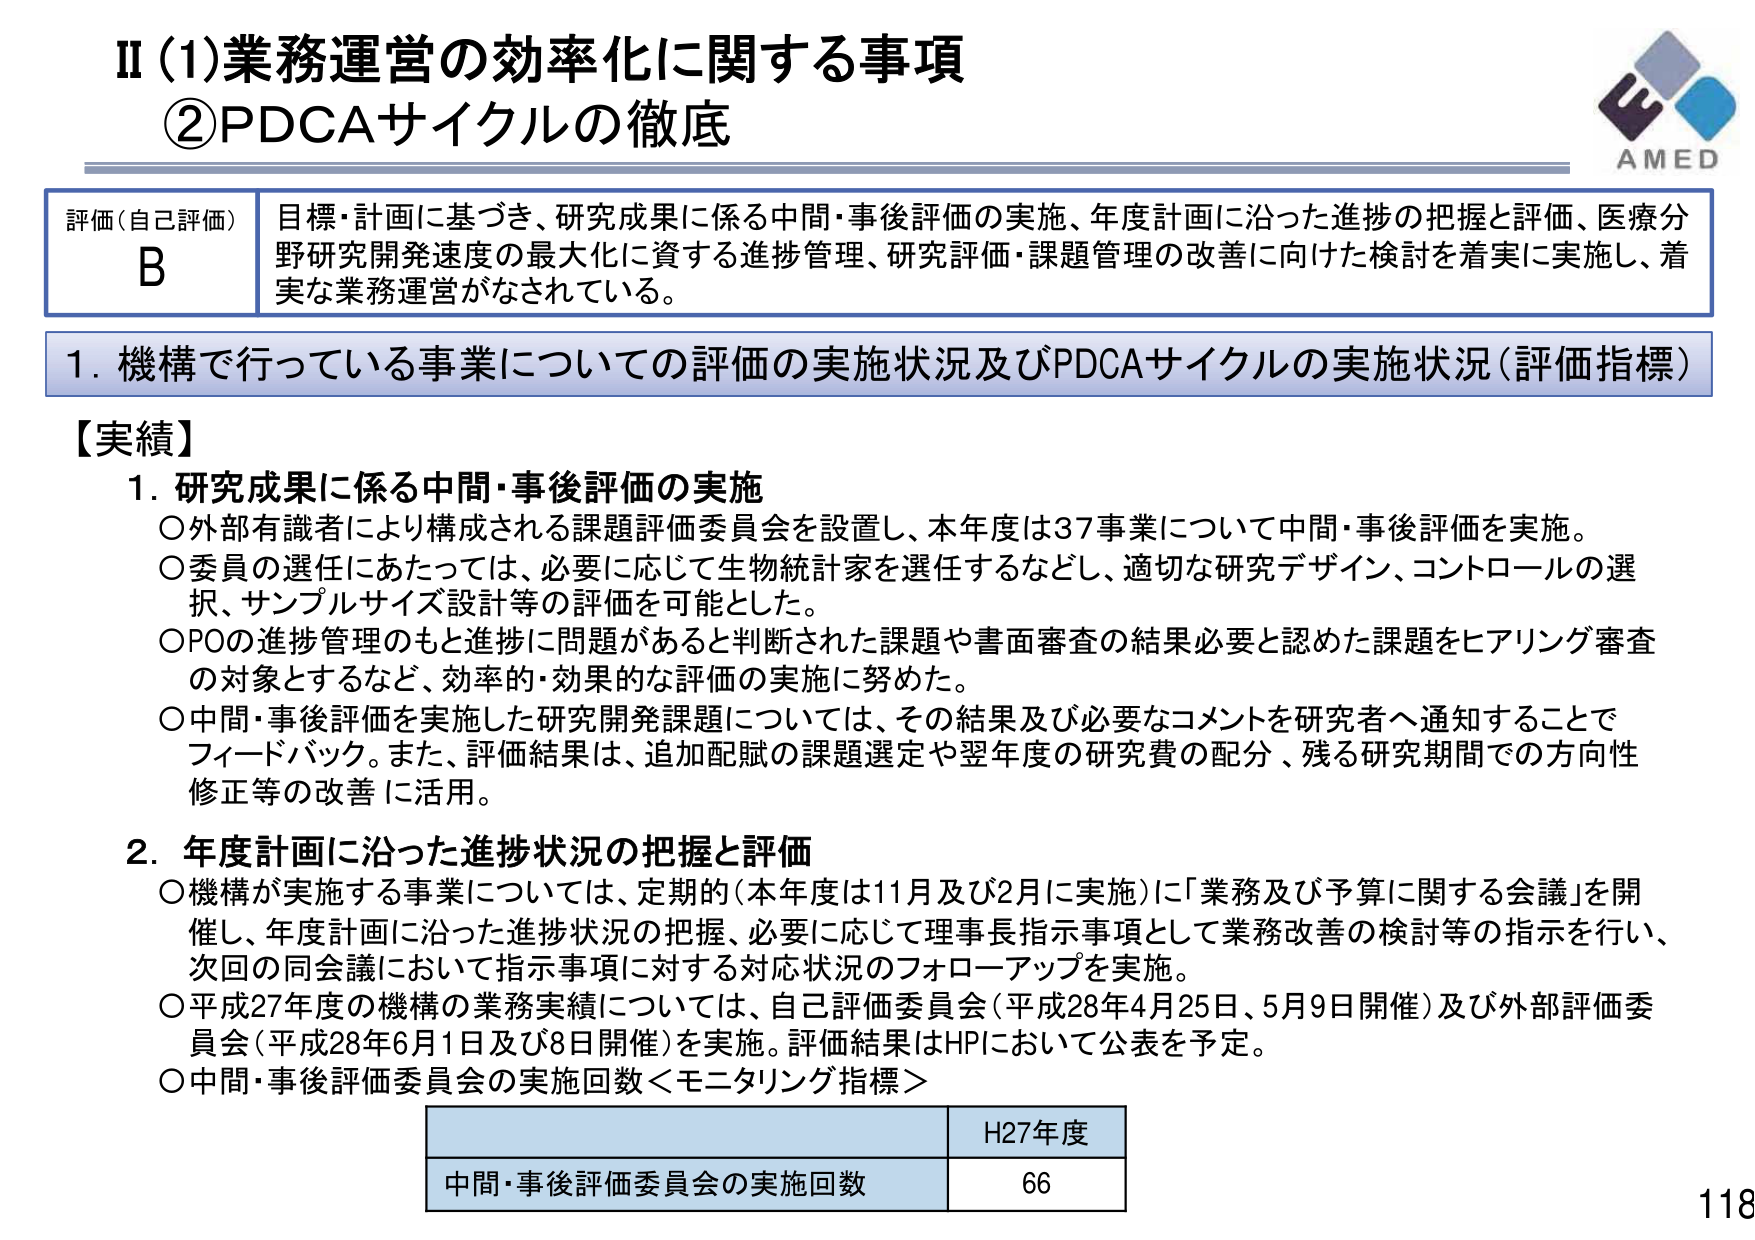
Ⅱ(1)業務運営の効率化に関する事項
②PDCAサイクルの徹底

評価（自己評価）
B
目標・計画に基づき、研究成果に係る中間・事後評価の実施、年度計画に沿った進捗の把握と評価、医療分野研究開発速度の最大化に資する進捗管理、研究評価・課題管理の改善に向けた検討を着実に実施し、着実な業務運営がなされている。

1. 機構で行っている事業についての評価の実施状況及びPDCAサイクルの実施状況（評価指標）

【実績】
1. 研究成果に係る中間・事後評価の実施
○外部有識者により構成される課題評価委員会を設置し、本年度は37事業について中間・事後評価を実施。
○委員の選任にあたっては、必要に応じて生物統計家を選任するなどし、適切な研究デザイン、コントロールの選択、サンプルサイズ設計等の評価を可能とした。
○POの進捗管理のもと進捗に問題があると判断された課題や書面審査の結果必要と認めた課題をヒアリング審査の対象とするなど、効率的・効果的な評価の実施に努めた。
○中間・事後評価を実施した研究開発課題については、その結果及び必要なコメントを研究者へ通知することでフィードバック。また、評価結果は、追加配賦の課題選定や翌年度の研究費の配分、残る研究期間での方向性修正等の改善に活用。

2. 年度計画に沿った進捗状況の把握と評価
○機構が実施する事業については、定期的（本年度は11月及び2月に実施）に「業務及び予算に関する会議」を開催し、年度計画に沿った進捗状況の把握、必要に応じて理事長指示事項として業務改善の検討等の指示を行い、次回の同会議において指示事項に対する対応状況のフォローアップを実施。
○平成27年度の機構の業務実績については、自己評価委員会（平成28年4月25日、5月9日開催）及び外部評価委員会（平成28年6月1日及び8日開催）を実施。評価結果はHPにおいて公表を予定。
○中間・事後評価委員会の実施回数＜モニタリング指標＞

H27年度
中間・事後評価委員会の実施回数　66

AMED
118